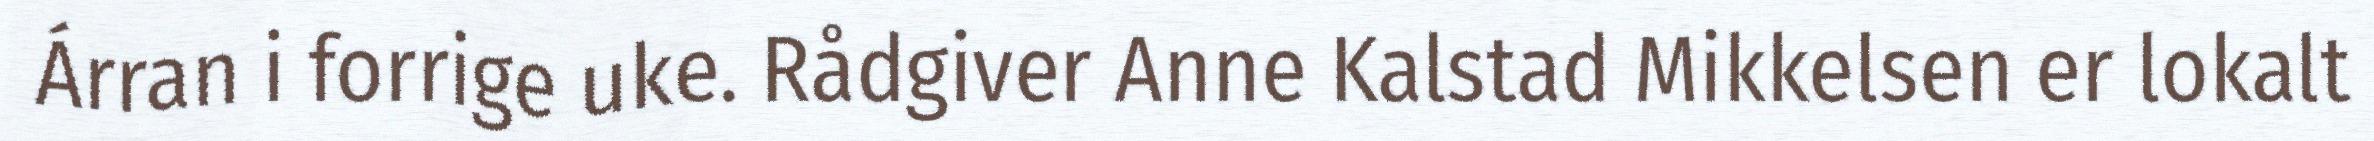
Árran i forrige uke. Rådgiver Anne Kalstad Mikkelsen er lokalt